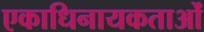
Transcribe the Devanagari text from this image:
एकाधिनायकताओं